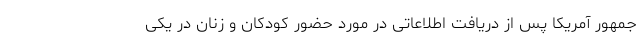
جمهور آمریکا پس از دریافت اطلاعاتی در مورد حضور کودکان و زنان در یکی